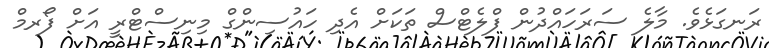
ރަނގަޅެވެ. މާލެ ސަރަަހައްދުން ފްލެޓްސް ތަކަށް އެދި ހައުސިންގް މިނިސްޓްރީ އަށް ފޯރމް